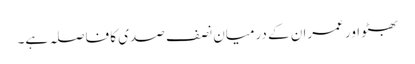
بھٹو اور عمران کے درمیان نصف صدی کا فاصلہ ہے۔